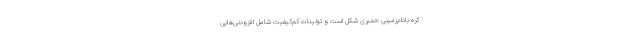
کره بادام‌زمینی خمیری شکل است و تولیدات کم‌کیفیت شامل افزودنی‌هایی